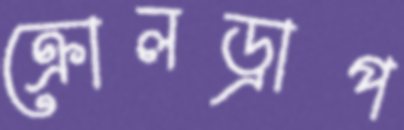
ক্রোলড্রাপ